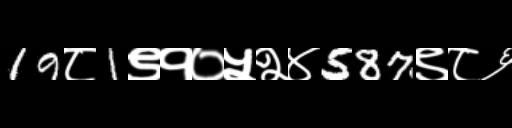
Text: 19८1९१०५२४587९८६